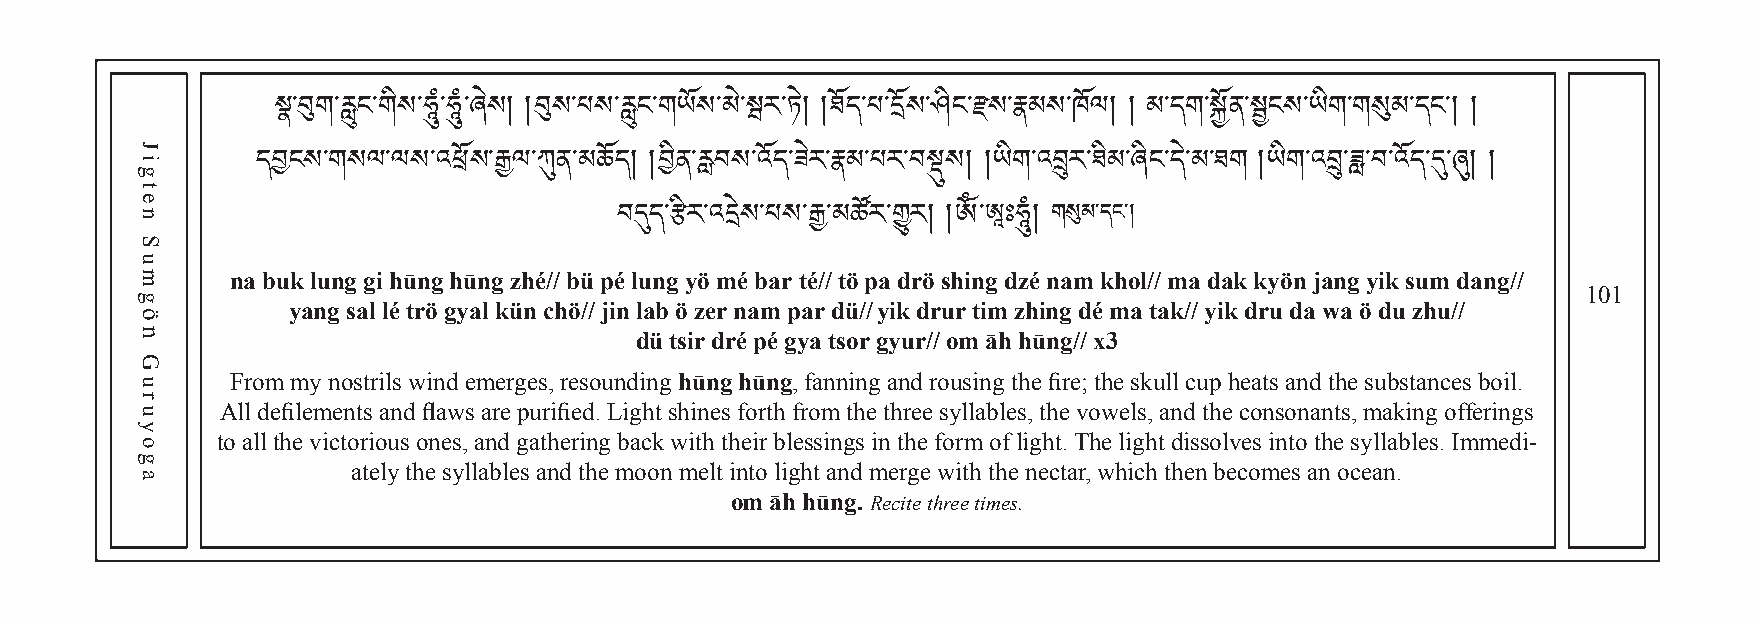
སྣ་བུག་རླུང་གིས་ཧཱུཾ་ཧཱུཾ་ཞེས། །བུས་པས་རླུང་གཡོས་མེ་ སྦ ར ་ ཏ ེ། །ཐོད་པ་དོས་ཤིང་རས་རྣམས་ཁོལ། ། མ་དག་སྐྱོན་སྦྱངས་ཡིག་གསུམ་དང༌། །
 དབངས་གསལ་ལས་འཕོས་རྒྱལ་ཀུན་མཆོད། །བིན་རླབས་འོད་ཟེར་རྣམ་པར་བསྡུས། །ཡིག་འབྲུར་ཐིམ་ཞིང་དེ་མ་ཐག །ཡིག་འབྲུ་ཟླ་བ་འོད་དུ་ཞུ། །
 གསུམ་དང༌།
 na buk lung gi hūng hūng zhé// bü péབ lདུuདn་gརྩ yིརö་འ mདéེས b་པarས t་éརྒྱ//་མ töཚ pོརa་ གྱུdརrö། s།hༀin་ཨཱg dཿཧཱུzéཾ། nam khol// ma dak kyön jang yik sum dang//
 101
 yang sal lé trö gyal kün chö// jin lab ö zer nam par dü// yik drur tim zhing dé ma tak// yik dru da wa ö du zhu//
 dü tsir dré pé gya tsor gyur// om āh hūng// x3
 From my nostrils wind emerges, resounding hūng hūng, fanning and rousing the fire; the skull cup heats and the substances boil.
 All defilements and flaws are purified. Light shines forth from the three syllables, the vowels, and the consonants, making offerings
 to all the victorious ones, and gathering back with their blessings in the form of light. The light dissolves into the syllables. Immedi-
 ately the syllables and the moon melt into light and merge with the nectar, which then becomes an ocean.
 om āh hūng. Recite three times.
 Jigten
 Sumgön
 Guruyoga